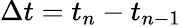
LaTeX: \Delta t=t_{n}-t_{n-1}